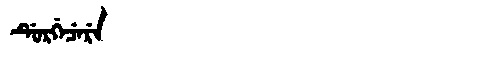
Manchu: ᡩᡠᡵᡤᡝᠴᡝᡵᡝ
Romanization: DURGECERE